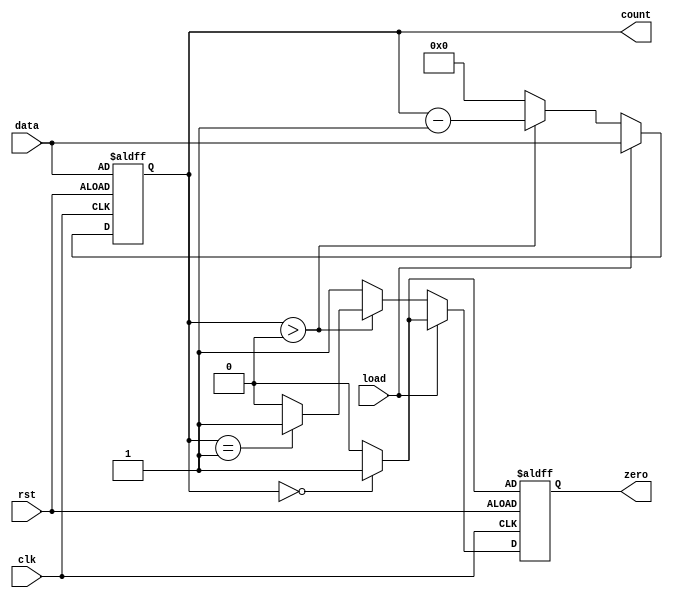
module MemoryBlocksDownCounter #(
    parameter WIDTH = 8  // Width of the counter (number of bits)
)(
    input wire clk,         // Clock signal
    input wire rst,         // Asynchronous reset signal
    input wire load,        // Load signal
    input wire [WIDTH-1:0] data, // Data input for loading into the counter
    output reg [WIDTH-1:0] count, // Current value of the counter
    output reg zero         // Zero flag
);

    // Initialize the counter to 0
    initial begin
        count = 0;
        zero = 1'b0;  // Zero flag is initially low
    end

    always @(posedge clk or posedge rst) begin
        if (rst) begin
            // On reset, load the initial value from data
            count <= data;
            zero <= (count == 0) ? 1'b1 : 1'b0; // Set zero flag if initial value is zero
        end
        else if (load) begin
            // Load a new value when load is asserted
            count <= data;
            zero <= (count == 0) ? 1'b1 : 1'b0; // Set zero flag after loading
        end
        else begin
            // Count down only if not at zero
            if (count > 0) begin
                count <= count - 1;
                zero <= (count == 1) ? 1'b1 : 1'b0; // Set zero flag if next count is zero
            end
            else begin
                // If already at zero, maintain count and set zero flag
                count <= 0;
                zero <= 1'b1;
            end
        end
    end

endmodule